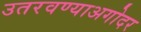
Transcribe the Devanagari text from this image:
उतरवण्याअगोदर